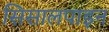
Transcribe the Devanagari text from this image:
सिसालपाइन